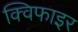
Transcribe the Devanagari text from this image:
क्विफाइर